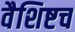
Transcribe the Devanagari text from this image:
वैशिष्टच